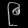
Digit: ၉